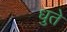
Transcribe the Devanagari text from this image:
धुते